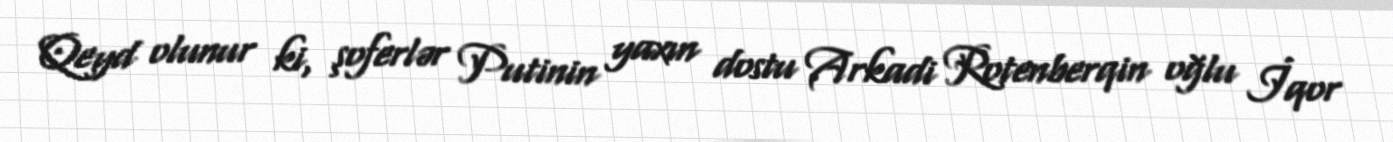
Qeyd olunur ki, şoferlər Putinin yaxın dostu Arkadi Rotenberqin oğlu İqor